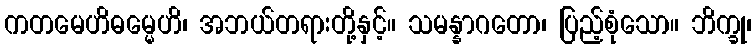
ကတမေဟိဓမ္မေဟိ၊ အဘယ်တရားတို့နှင့်။ သမန္နာဂတော၊ ပြည့်စုံသော။ ဘိက္ခု၊